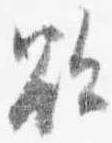
欲